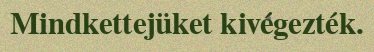
Mindkettejüket kivégezték.